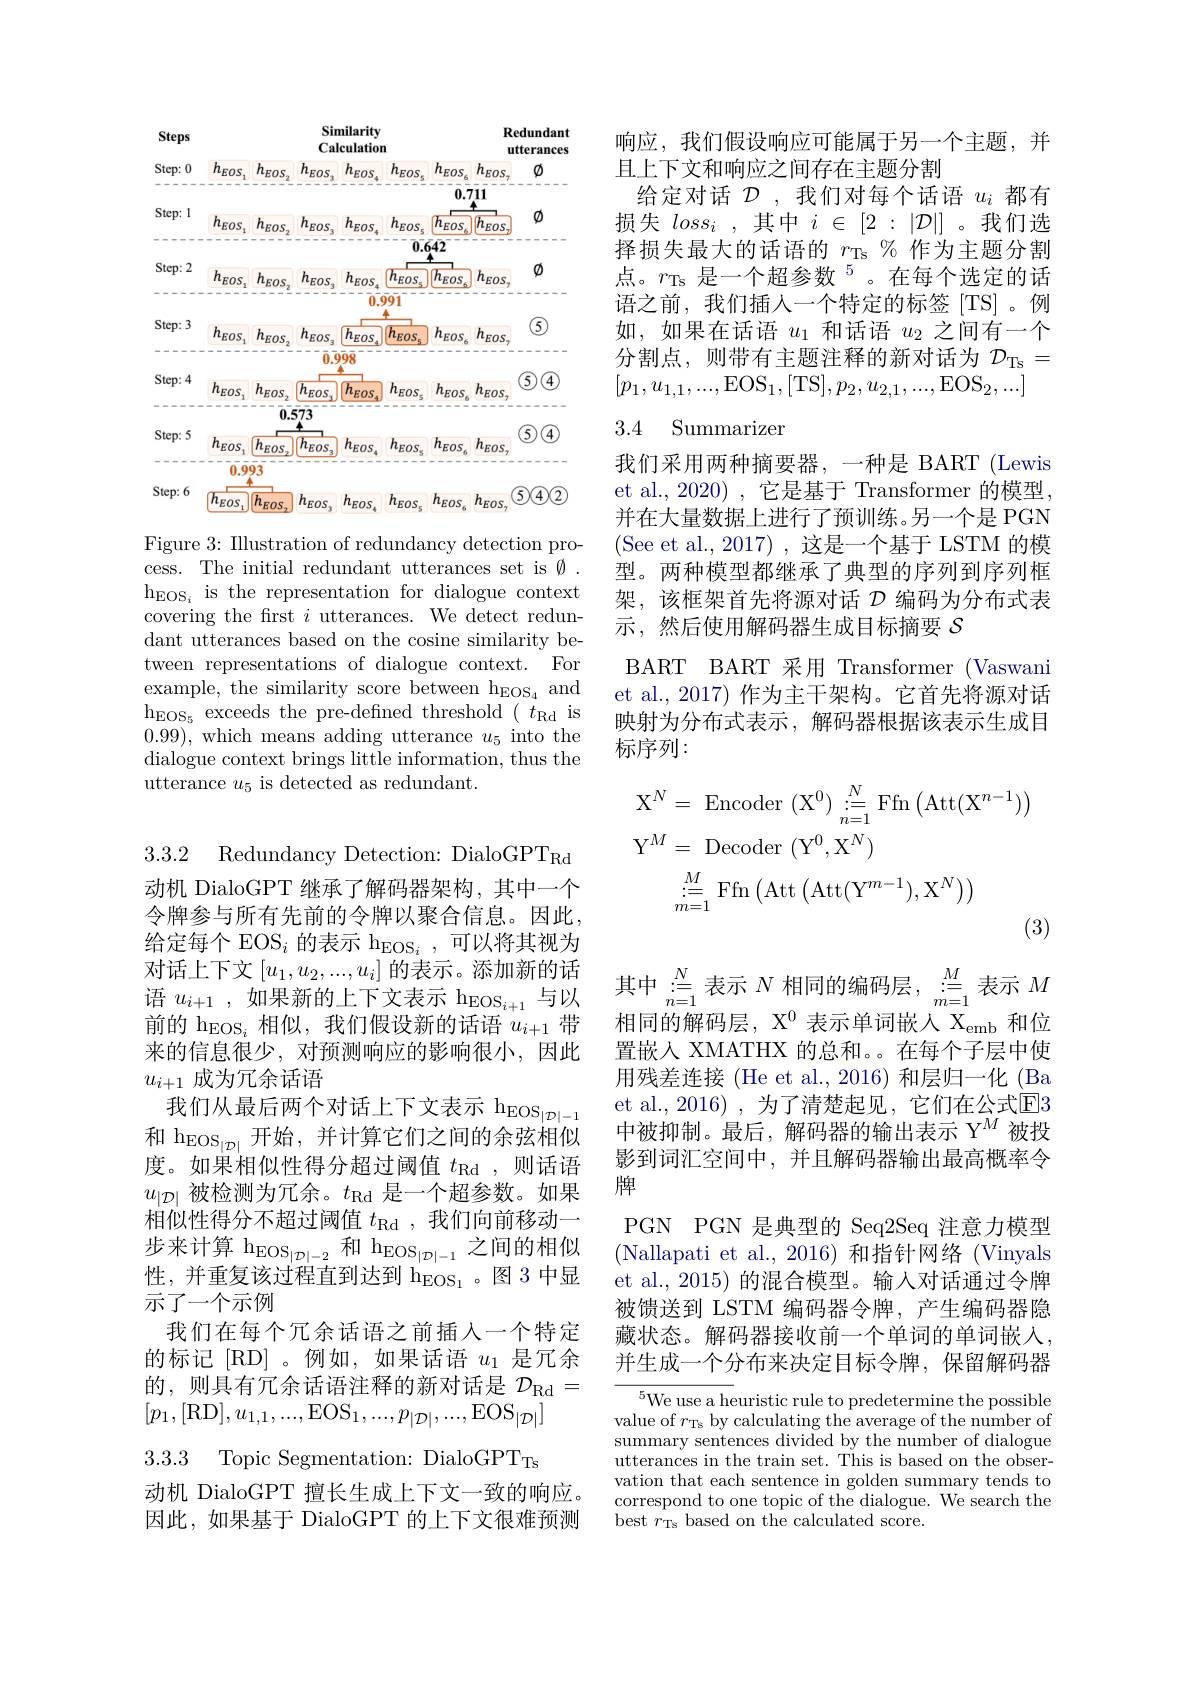
<FigureHere>

Figure 3: Illustration of redundancy detection process. The initial redundant utterances set is Ø h$_{\mathrm{EOS}_i}$ is the representation for dialogue context covering the first $i$ utterances. We detect redundant utterances based on the cosine similarity between representations of dialogue context. For example, the similarity score between h$_{\mathrm{EOS}_{4}}$ and $h_{EOS_{5}}$ exceeds the pre- defined threshold ( $t_{Rd}$ is 0.99), which means adding utterance $u_5$ into the dialogue context brings little information, thus the utterance $u_5$ is detected as redundant.

3.3.2 Redundancy Detection: DialoGPT$_\mathrm{Rd}$ 动机 DialoGPT 继承了解码器架构，其中一个令牌参与所有先前的令牌以聚合信息。因此， 给定每个 EOS$_i\text{ 的表示 h}_{\mathrm{EOS}_i}$,可以将其视为前的 h$_{\mathrm{EOS}_i}$相似，我们假设新的话语$u_i+1$带来的信息很少，对预测响应的影响很小，因此$u_{i+1}$成为冗余话语
我们从最后两个对话上下文表示$\hom_{|\mathcal{D}|-1}$ 和 h$_{\mathrm{EOS}_{|\mathcal{D}|}}$开始 ,并计算它们之间的余弦相似度。如果相似性得分超过阈值$t_\mathrm{Rd}$,则话语$u_{|\mathcal{D}|}$被检测为冗余。$t_\mathrm{Rd}$是一个超参数。如果相似性得分不超过阈值$t_\mathrm{Rd}$ ,我们向前移动一步来计算$h_\mathrm{EOS}_{| \mathcal{D} | - 2}$和$h_\mathrm{EOS}_{| \mathcal{D} | - 1}$之间的相似性，并重复该过程直到达到$\mathrm{h}_{\mathrm{EOS}_1}$。图 3 中显示了一个示例
我们在每个冗余话语之前插入一个特定的标记[RD]。例如，如果话语$u_1$是冗余的，则具有冗余话语注释的新对话是$\mathcal{D}_\mathrm{Rd}=$ $[p_1,[$RD$],u_1,1,...$,EOS$_1,...,p_|\mathcal{D}|,...$,EOS$_|\mathcal{D}|]$ 3.3.3 Topic Segmentation: DialoGPT$_\mathrm{Ts}$

动机 DialoGPT 擅长生成上下文一致的响应。因此，如果基于 DialoGPT 的上下文很难预测

响应，我们假设响应可能属于另一个主题，并
且上下文和响应之间存在主题分割
给定对话$\mathcal{D}$ ,我们对每个话语$u_i$都有损失$loss_i$ ,其中$i\in[2:|\mathcal{D}|]$ 。我们选择损失最大的话语的$r_\mathrm{Ts}\%$作为主题分割点。$r_\mathrm{Ts}\text{ 是一个超参数 }^{5}$。在每个选定的话语之前，我们插人一个特定的标签[TS]。例如，如果在话语$u_1$和话语$u_2$之间有一个分割点，则带有主题注释的新对话为$\mathcal{D}_\mathrm{Ts}=$ $[ p_1, u_{1, 1}, . . . , \mathrm{EOS}_1, [$TS$] , p_2, u_{2, 1}, . . . , \mathrm{EOS}_2, . . . ]$

## 3.4 Summarizer

我们采用两种摘要器，一种是 BART (Lewis et al., 2020) , 它是基于 Transformer 的模型， 并在大量数据上进行了预训练。另一个是 PGN (See et al., 2017),这是一个基于 LSTM 的模型。两种模型都继承了典型的序列到序列框架，该框架首先将源对话$\mathcal{D}$编码为分布式表示，然后使用解码器生成目标摘要$\mathcal{S}$
BART BART 采用 Transformer (Vaswani et al., 2017) 作为主干架构。它首先将源对话映射为分布式表示，解码器根据该表示生成目标序列：
$$\begin{aligned}&\mathrm{X}^{N}\:=\:\mathrm{Encoder}\:(\mathrm{X}^{0})\:\mathop{:}_{n=1}^{N}\:\mathrm{Ffn}\left(\mathrm{Att}(\mathrm{X}^{n-1})\right)\\&\mathrm{Y}^{M}\:=\:\mathrm{Decoder}\:(\mathrm{Y}^{0},\mathrm{X}^{N})\\&\stackrel{M}{\underset{m=1}{\operatorname*{=}}}\mathrm{Ffn}\left(\mathrm{Att}\left(\mathrm{Att}(\mathrm{Y}^{m-1}),\mathrm{X}^{N}\right)\right)\\&&\text{(3)}\end{aligned}$$
对 话 上 下 文 $[ u_1, u_2, . . . , u_i]$ 的 表 示 。添 加 新 的 话 语 $u_{i+ 1}\mathrm{~, 如 果 新 的 上 下 文 表 示 ~h}_{\mathrm{EOS}_{i+ 1}}$与 以 其 中 $: \frac N{= 1}$表 示 $N$ 相 同 的 编 码 层 , $\overset {M}{\operatorname* { \operatorname* { = } } }$表 示 $M$ 语 $u_{i+ 1}\mathrm{~, 如 果 新 的 上 下 文 表 示 ~h}_{\mathrm{EOS}_{i+ 1}}$与 以 由 由 台 短 短 四 目 $\mathbf{v} ^{0}$ 中 二 次 间 出 出 $\mathbf{v} _{i= 1}$ $\mathbf{v} _{i= 1}$ 和 发

相同的解码层，$X^0$表示单词嵌人 X$_\mathrm{emb}$和位置嵌入 XMATHX 的总和。在每个子层中使用残差连接 (He et al., 2016) 和层归一化 (Ba et al.,2016),为了清楚起见，它们在公式$\overline{\mathrm{E}}3$ 中被抑制。最后，解码器的输出表示$\Upsilon^M$被投影到词汇空间中，并且解码器输出最高概率令牌
PGN PGN 是典型的 Seq2Seq 注意力模型(Nallapati et al., 2016)和指针网络(Vinyals et al., 2015) 的混合模型。输人对话通过令牌被馈送到 LSTM 编码器令牌，产生编码器隐藏状态。解码器接收前一个单词的单词嵌入， 并生成一个分布来决定目标令牌，保留解码器

$^{5}$We use a heuristic rule to predetermine the possible value of $r_{\mathrm{Ts}}$ by calculating the average of the number of summary sentences divided by the number of dialogue utterances in the train set. This is based on the observation that each sentence in golden summary tends to correspond to one topic of the dialogue. We search the best $r_\mathrm{Ts}$ based on the calculated score.